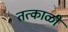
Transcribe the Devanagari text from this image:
तत्काळीं